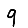
Digit: 9